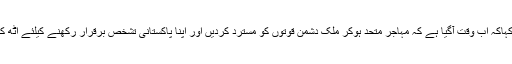
انہوں نے کہاکہ اب وقت آگیا ہے کہ مہاجر متحد ہوکر ملک دشمن قوتوں کو مسترد کردیں اور اپنا پاکستانی تشخص برقرار رکھنے کیلئے اُٹھ کھڑے ہوں۔